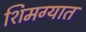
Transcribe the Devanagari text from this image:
शिमग्यात